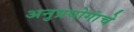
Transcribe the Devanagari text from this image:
अनुप्रयोगांचे